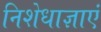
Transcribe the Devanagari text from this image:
निशेधाज्ञाएं